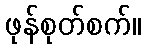
ဖုန်စုတ်စက်။